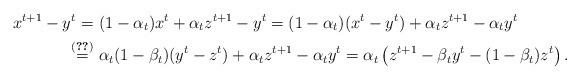
\begin{align*}x^{t+1}-y^t=\ &(1-\alpha_t)x^t+\alpha_tz^{t+1}-y^t = (1-\alpha_t)(x^t-y^t)+\alpha_tz^{t+1}-\alpha_t y^t\\\overset{\eqref{l2-e2}}{=}\ &\alpha_t(1-\beta_t)(y^t-z^t)+\alpha_tz^{t+1}-\alpha_t y^t= \alpha_t\left(z^{t+1}-\beta_t y^t - (1-\beta_t)z^t\right). \end{align*}